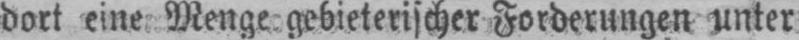
dort eine Menge gebieterischer Forderungen unter